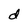
Character: d